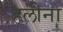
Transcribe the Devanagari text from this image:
हलीना